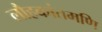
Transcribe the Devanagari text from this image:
लौहकांतमणि